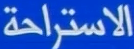
الاستراحة